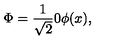
\Phi = \frac { 1 } { \sqrt { 2 } } { \binom { 0 } { \phi ( x ) } } ,